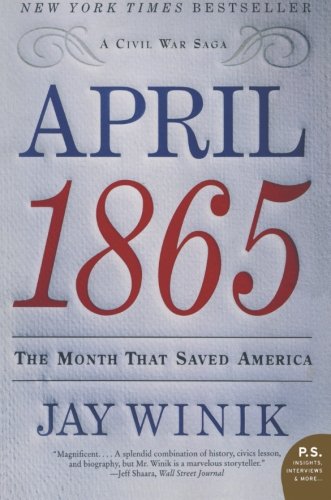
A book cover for April 1865: The Month That Saved America (P.S.); Jay Winik; History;